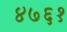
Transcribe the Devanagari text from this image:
४७६१